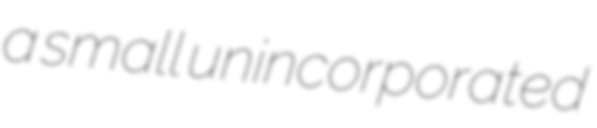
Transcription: a small unincorporated